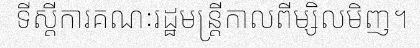
ទីស្តីការគណៈរដ្ឋមន្ត្រីកាលពីម្សិលមិញ។